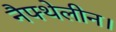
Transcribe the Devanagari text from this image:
नैफ्थेलीन।